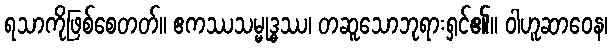
ရသာကိုဖြစ်စေတတ်။ ဧကဿသမ္မုဒ္ဓဿ၊ တဆူသောဘုရားရှင်၏။ ဝါဟူဆာဝေန၊